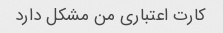
کارت اعتباری من مشکل دارد